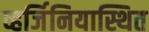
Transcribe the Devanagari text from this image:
व्हर्जिनियास्थित